Annual statistical returns and brief notes on vaccination in Bengal - 1909-1929
Year: 1909
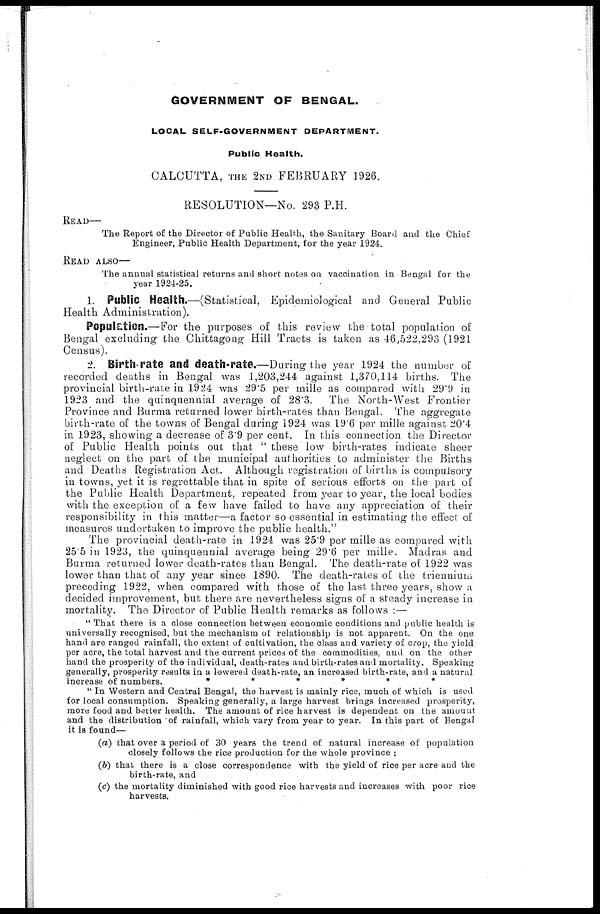
GOVERNMENT OF BENGAL.
LOCAL SELF-GOVERNMENT DEPARTMENT.
Public Health.
CALCUTTA, THE 2ND FEBRUARY 1926.
RESOLUTION—No. 293 P.H.
READ—
The Report of the Director of Public Health, the Sanitary Board and the Chief
Engineer, Public Health Department, for the year 1924.
READ ALSO—
The annual statistical returns and short notes on vaccination in Bengal for the
year 1924-25.
1. Public Health.—(Statistical, Epidemiological and General Public
Health Administration).
Population.—For the purposes of this review the total population of
Bengal excluding the Chittagong Hill Tracts is taken as 46,522,293 (1921
Census).
2. Birth-rate and death-rate.—During the year 1924 the number of
recorded deaths in Bengal was 1,203,244 against 1,370,114 births. The
provincial birth-rate in 1924 was 29.5 per mille as compared with 29.9 in
1923 and the quinquennial average of 28.3. The North-West Frontier
Province and Burma returned lower birth-rates than Bengal. The aggregate
birth-rate of the towns of Bengal during 1924 was 19.6 per mille against 20.4
in 1923, showing a decrease of 3.9 per cent. In this connection the Director
of Public Health points out that " these low birth-rates indicate sheer
neglect on the part of the municipal authorities to administer the Births
and Deaths Registration Act. Although registration of births is compulsory
in towns, yet it is regrettable that in spite of serious efforts on the part of
the Public Health Department, repeated from year to year, the local bodies
with the exception of a few have failed to have any appreciation of their
responsibility in this matter—a factor so essential in estimating the effect of
measures undertaken to improve the public health."
The provincial death-rate in 1924 was 25.9 per mille as compared with
25.5 in 1923, the quinquennial average being 29.6 per mille. Madras and
Burma returned lower death-rates than Bengal. The death-rate of 1922 was
lower than that of any year since 1890. The death-rates of the triennium
preceding 1922, when compared with those of the last three years, show a
decided improvement, but there are nevertheless signs of a steady increase in
mortality. The Director of Public Health remarks as follows :—
" That there is a close connection between economic conditions and public health is
universally recognised, but the mechanism of relationship is not apparent. On the one
hand are ranged rainfall, the extent of cultivation, the class and variety of crop, the yield
per acre, the total harvest and the current prices of the commodities, and on the other
hand the prosperity of the individual, death-rates and birth-rates and mortality. Speaking
generally, prosperity results in a lowered death-rate, an increased birth-rate, and a natural
increase of numbers.
*
*
*
* * *
" In Western and Central Bengal, the harvest is mainly rice, much of which is used
for local consumption. Speaking generally, a large harvest brings increased prosperity,
more food and better health. The amount of rice harvest is dependent on the amount
and the distribution of rainfall, which vary from year to year. In this part of Bengal
it is found—
(a) that over a period of 30 years the trend of natural increase of population
closely follows the rice production for the whole province ;
(b) that there is a close correspondence with the yield of rice per acre and the
birth-rate, and
(c) the mortality diminished with good rice harvests and increases with poor rice
harvests.